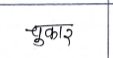
मजकूर: चुकार